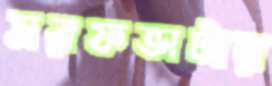
সরফভাটার